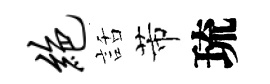
绝話芾琉